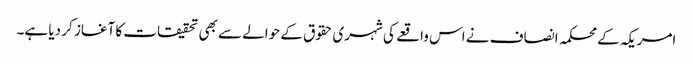
امریکہ کے محکمہ انصاف نے اس واقعے کی شہری حقوق کے حوالے سے بھی تحقیقات کا آغاز کر دیا ہے۔